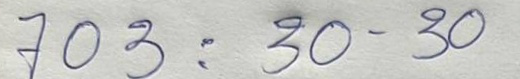
703 = 30 - 30